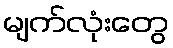
မျက်လုံးတွေ